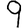
Digit: 9